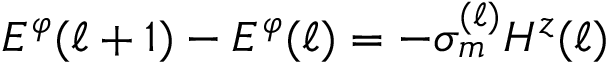
E ^ { \varphi } ( \ell + 1 ) - E ^ { \varphi } ( \ell ) = - \sigma _ { m } ^ { ( \ell ) } H ^ { z } ( \ell )